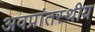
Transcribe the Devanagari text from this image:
अवप्रांतस्थीय